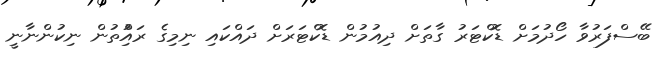
ބޭސްފަރުވާ ހޯދުމަށް ޑޮކްޓަރު ގާތަށް ދިއުމުން ޑޮކްޓަރަށް ދައްކައި ނިމިގެ ރައްުިތުން ނިކުންނާނީ